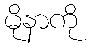
မိုနာကို